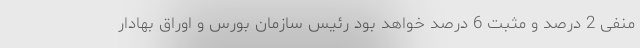
منفی 2 درصد و مثبت 6 درصد خواهد بود رئیس سازمان بورس و اوراق بهادار